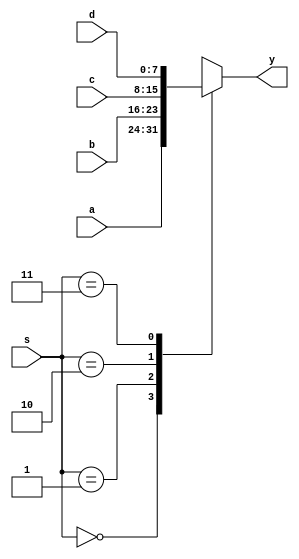
`timescale 1ns/1ns

module mux4(a, b, c, d, s, y);
	input  [7:0] a, b, c, d;
	input  [1:0] s;
	output [7:0] y;
	reg    [7:0] y;
	
	always@(a or b or c or d or s) begin
		case(s)
			2'b00:   y <= a;
			2'b01:   y <= b;
			2'b10:   y <= c;
			2'b11:   y <= d;
			default: y <= 8'bxxxxxxxx;
		endcase
	end
	
endmodule